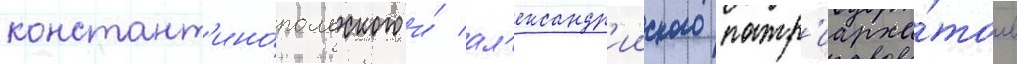
констант'ино́польского и́ ал'ександр'ииского патр'иарха́тов